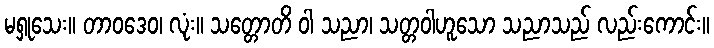
မရှုသေး။ တာဝဒေဝ၊ လုံး။ သတ္တောတိ ဝါ သညာ၊ သတ္တဝါဟူသော သညာသည် လည်းကောင်း။